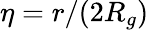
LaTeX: \eta=r/(2R_{g})